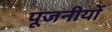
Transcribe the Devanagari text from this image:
पूजनीयों